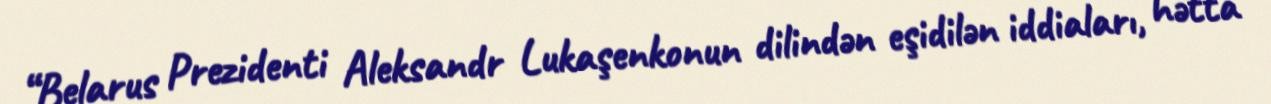
“Belarus Prezidenti Aleksandr Lukaşenkonun dilindən eşidilən iddiaları, hətta